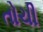
તોચી